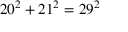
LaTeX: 2 0 ^ { 2 } + 2 1 ^ { 2 } = 2 9 ^ { 2 }